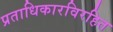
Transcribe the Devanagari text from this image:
प्रताधिकारविरहित